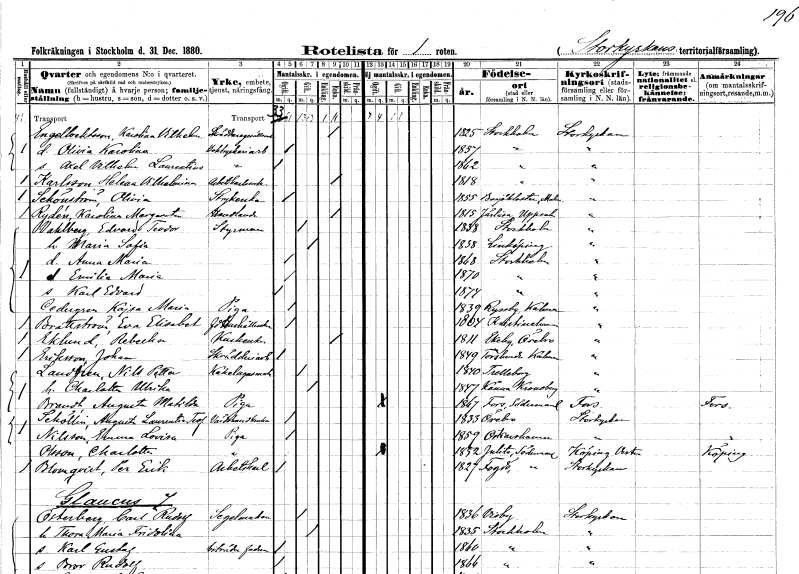
gt_parse: households: individuals: FN: Karolina Vilhelmina
EN: Engelbrektsson
YRKE: Skräddaregäsellsänka
KON: K
CIV: E
FODAR: 1825
FODFORS: Stockholm
FN: Olivia Karolina
YRKE: Boktryckeriarbeterska
KON: K
CIV: O
FODAR: 1857
FODFORS: Stockholm
FN: Axel Vilhelm laurentius
YRKE: Boktryckeriarbetare
KON: M
CIV: O
FODAR: 1862
FODFORS: Stockholm
FN: Helena Vilhelmina
EN: Karlsson
YRKE: Arbetskarlsänka
KON: K
CIV: E
FODAR: 1818
FODFORS: Stockholm
FN: Olivia
EN: Schönström
YRKE: Strykerska
KON: K
CIV: O
FODAR: 1855
FODFORS: Bosjökloster Malmöhus län
FN: Karolina Margareta
EN: Rydén
YRKE: Handlande
KON: K
CIV: E
FODAR: 1815
FODFORS: Järlåsa Uppsala län
FN: Edvard Teodor
EN: Wahlberg
YRKE: Styrman
KON: M
CIV: G
FODAR: 1838
FODFORS: Stockholm
FN: Maria Sofia
KON: K
CIV: G
FODAR: 1858
FODFORS: Linköping Östergötlands län
FN: Anna Maria
KON: K
CIV: O
FODAR: 1868
FODFORS: Stockholm
FN: Emilia Maria
KON: K
CIV: O
FODAR: 1870
FODFORS: Stockholm
FN: Karl Edvard
KON: M
CIV: O
FODAR: 1874
FODFORS: Stockholm
FN: Kajsa Maria
EN: Cedergren
YRKE: Piga
KON: K
CIV: O
FODAR: 1839
FODFORS: Ryssby Kalmar län
FN: Eva Elisabet
EN: Brattström
YRKE: Hushållerska f.d.
KON: K
CIV: O
FODAR: 1804
FODFORS: Kristinehamn Värmlands län
FN: Rebecka
EN: Eklund
YRKE: Kuskänka
KON: K
CIV: E
FODAR: 1811
FODFORS: Ekeby Örebro län
FN: Johan
EN: Eriksson
YRKE: Skrädderiarbetare
KON: M
CIV: O
FODAR: 1849
FODFORS: Torslunda Kalmar län
FN: Nils Petter
EN: Landgren
YRKE: Kakelugnsmakare
KON: M
CIV: G
FODAR: 1840
FODFORS: Trelleborg Malmöhus län
FN: Charlotta Ulrika
KON: K
CIV: G
FODAR: 1847
FODFORS: Kånna Kronobergs län
FN: Augusta Matilda
EN: Brandt
YRKE: Piga
KON: K
CIV: O
FODAR: 1867
FODFORS: Fors Södermanlands län
FN: Augusta Laurentina Teofilia
EN: Schöllin
YRKE: Värdshusidkerska
KON: K
CIV: O
FODAR: 1833
FODFORS: Örebro Örebro län
FN: Emma Lovisa
EN: Nilsson
YRKE: Piga
KON: K
CIV: O
FODAR: 1859
FODFORS: Oskarshamn Kalmar län
FN: Charlotta
EN: Olsson
YRKE: Piga
KON: K
CIV: O
FODAR: 1852
FODFORS: Julita Södermanlands län
FN: Per Erik
EN: Blomqvist
YRKE: Arbetskarl
KON: M
CIV: O
FODAR: 1827
FODFORS: Fogdö Södermanlands län